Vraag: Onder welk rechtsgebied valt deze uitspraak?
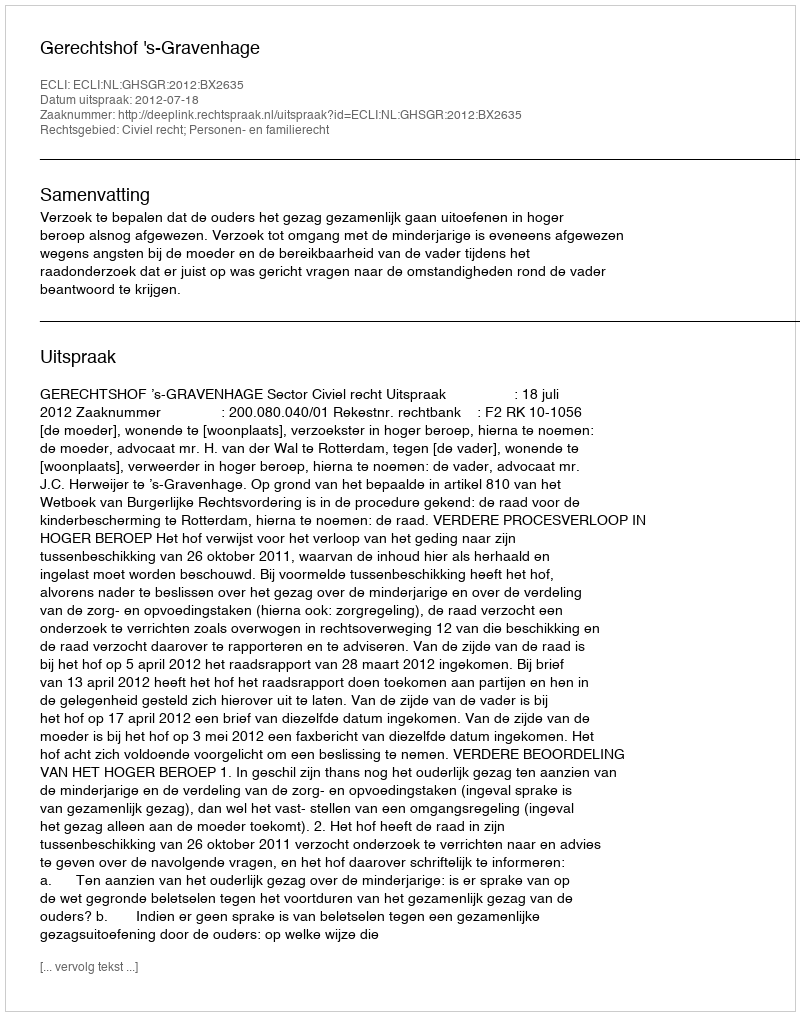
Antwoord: Civiel recht; Personen- en familierecht